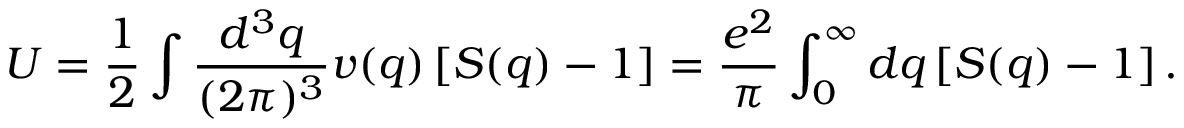
U = \frac { 1 } { 2 } \int \frac { d ^ { 3 } q } { ( 2 \pi ) ^ { 3 } } v ( q ) \left[ S ( q ) - 1 \right] = \frac { e ^ { 2 } } { \pi } \int _ { 0 } ^ { \infty } d q \left[ S ( q ) - 1 \right] .